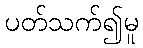
ပတ်သက်၍မူ